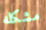
مشكله